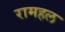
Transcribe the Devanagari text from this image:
रामहल